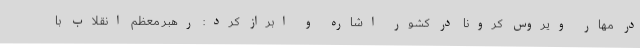
در مهار ویروس کرونا در کشور اشاره و ابراز کرد: رهبر معظم انقلاب با